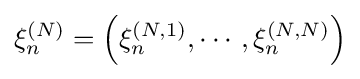
\xi _{n}^{(N)}=\left(\xi _{n}^{(N,1)},\cdots ,\xi _{n}^{(N,N)}\right)